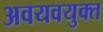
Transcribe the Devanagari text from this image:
अवयवयुक्त